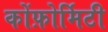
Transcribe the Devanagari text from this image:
कोंफ़ोर्मिटी